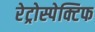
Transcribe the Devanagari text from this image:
रेट्रोस्‍पेक्टिफ